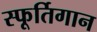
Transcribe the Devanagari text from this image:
स्फूर्तिगान